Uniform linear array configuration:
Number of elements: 16
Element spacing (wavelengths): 1
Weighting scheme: hamming
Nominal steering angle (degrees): -30
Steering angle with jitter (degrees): -28.803
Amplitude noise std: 0.05
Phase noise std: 0.05

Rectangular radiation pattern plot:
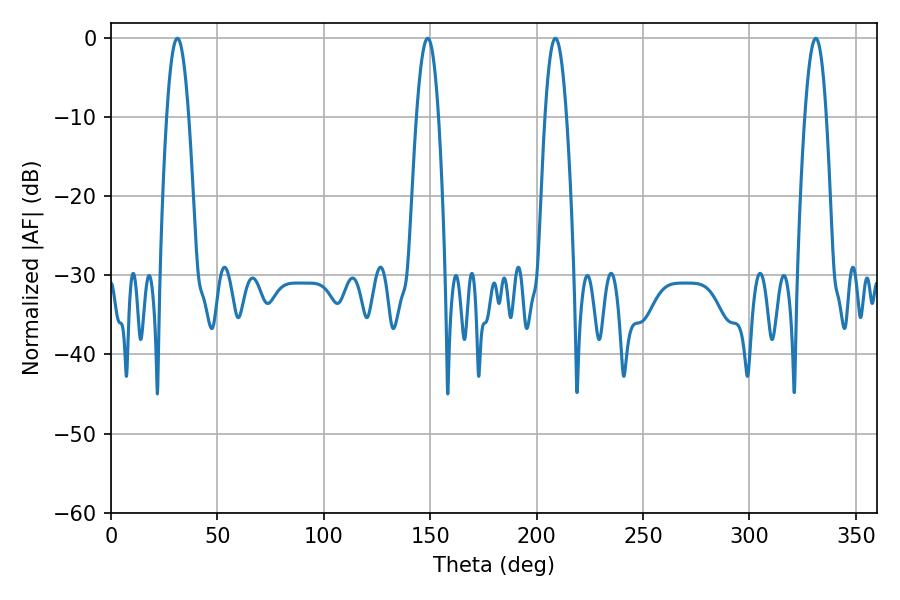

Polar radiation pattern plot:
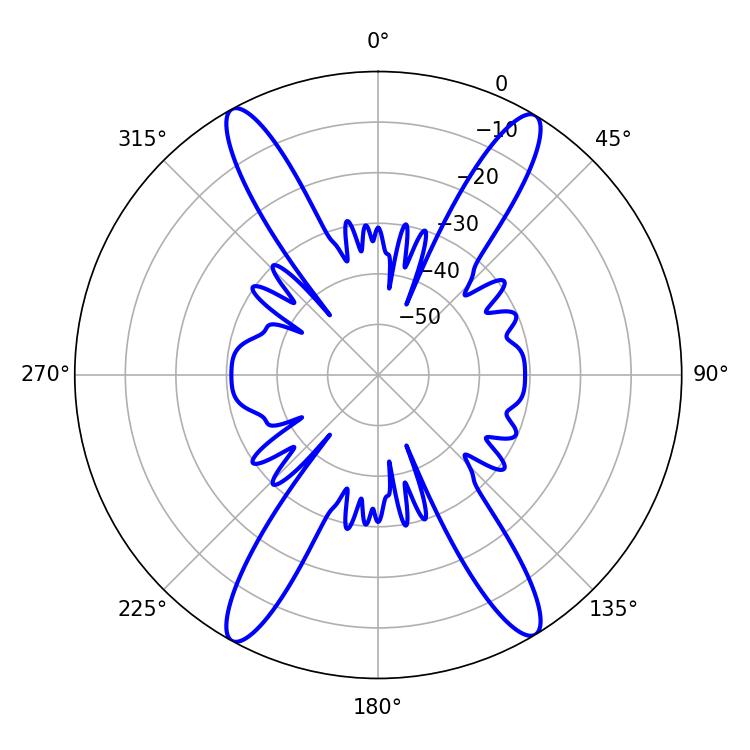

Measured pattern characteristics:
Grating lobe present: TRUE
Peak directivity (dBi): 22.873
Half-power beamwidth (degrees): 5.58
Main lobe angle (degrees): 208.8